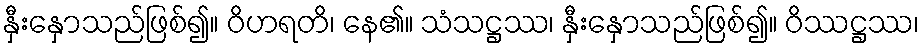
နှီးနှောသည်ဖြစ်၍။ ဝိဟရတိ၊ နေ၏။ သံသဋ္ဌဿ၊ နှီးနှောသည်ဖြစ်၍။ ဝိဿဋ္ဌဿ၊